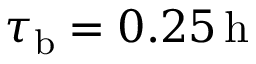
\tau _ { \mathrm { b } } = 0 . 2 5 \, \mathrm { h }